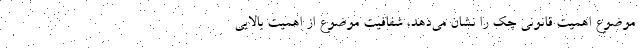
موضوع اهمیت قانونی چک را نشان می‌دهد، شفافیت موضوع از اهمیت بالایی